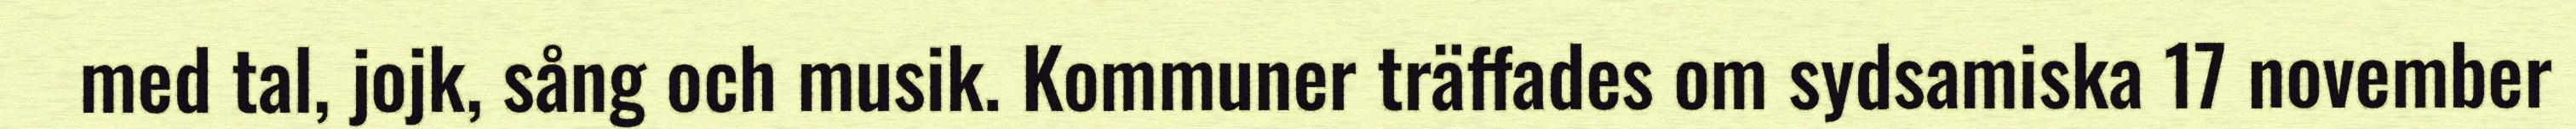
med tal, jojk, sång och musik. Kommuner träffades om sydsamiska 17 november